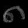
Digit: ၈